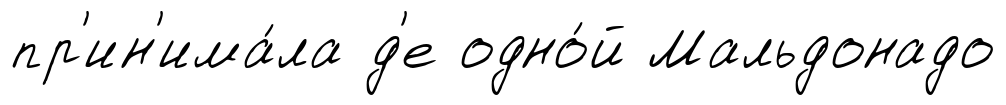
пр'ин'има́ла д'е одно́й Мальдонадо